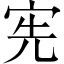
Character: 宪